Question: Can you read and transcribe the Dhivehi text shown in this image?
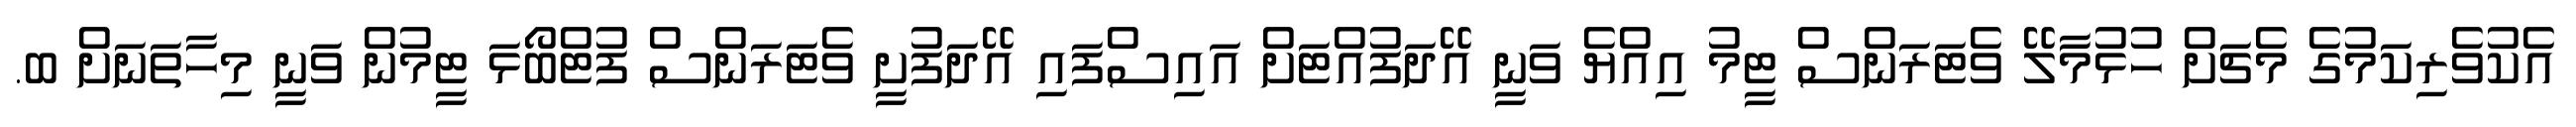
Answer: އެކުވެރިކަމުގެ މެޗަށް ހުޅުމާލޭ ވެޓަރަންސް ޓީމު އިއްޔެ ވަނީ އޭދަފުއްޓަށް އައިސްފައި އޭދަފުށީ ވެޓަރަންސް ފުޓްބޯޅަ ޓީމުން ވަނީ މިހާތަނަށް ބ.